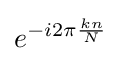
e^{-i2\pi {\frac {kn}{N}}}